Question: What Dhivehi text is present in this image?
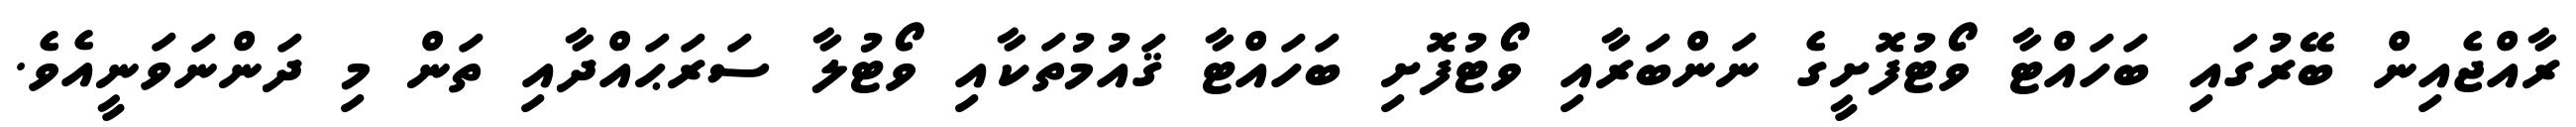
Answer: ރާއްޖެއިން ބޭރުގައި ބަހައްޓާ ވޯޓުފޮށީގެ ނަންބަރާއި ވޯޓުފޮށި ބަހައްޓާ ޤައުމުތަކާއި ވޯޓުލާ ސަރަޙައްދާއި ތަން މި ދަންނަވަނީއެވެ.